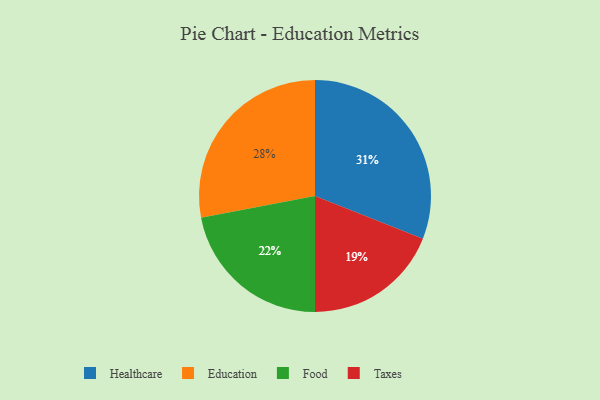
{"axis": {"x": "Category", "y": "Percentage"}, "legend": ["Education", "Food", "Healthcare", "Taxes"], "data": [{"x": "Healthcare", "y": 31, "type": "Healthcare"}, {"x": "Taxes", "y": 19, "type": "Taxes"}, {"x": "Education", "y": 28, "type": "Education"}, {"x": "Food", "y": 22, "type": "Food"}]}